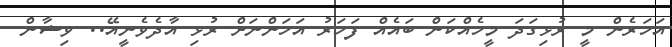
އަހަރެން މީ ރުޅިގަދަ މީހެއްކަން ބައެއް ފަހަރު އަހަންނަށް ރުޅި އާދެވެނީއޭ.. ވިޝާން